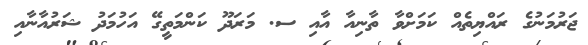
ޖަރުމަނުގެ ރައްޔިތެއް ކަމަށްވާ ތާނިއާ އާއި ސ. މަރަދޫ ކަންމަތީގޭ އަހުމަދު ޝަރުއާނާއި